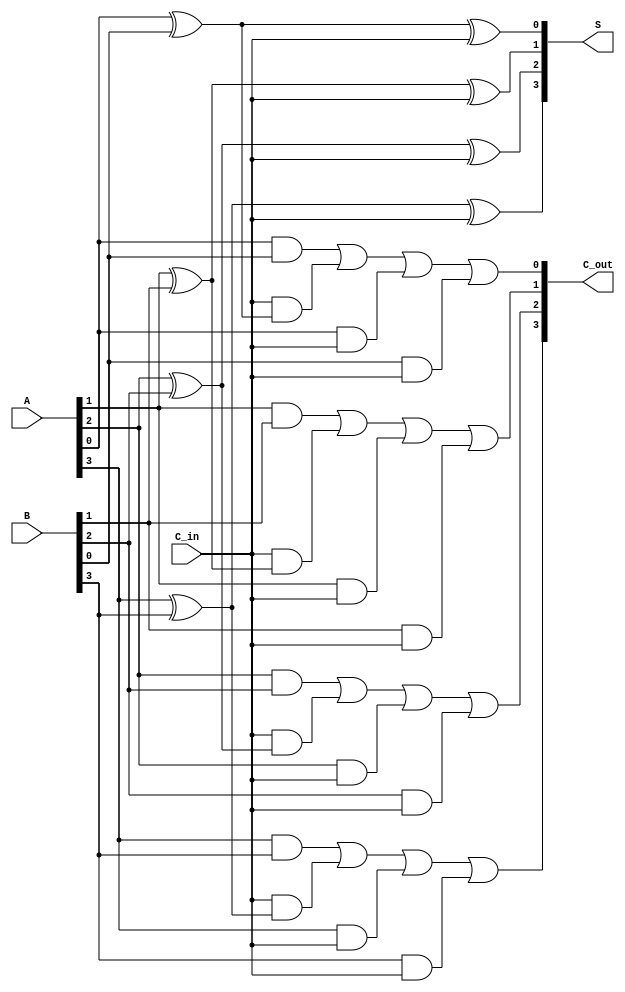
module CarrySaveAdder #(
    parameter N = 4  // Parameter for the bit-width of inputs
) (
    input  wire [N-1:0] A,      // First n-bit input
    input  wire [N-1:0] B,      // Second n-bit input
    input  wire        C_in,     // Carry input
    output wire [N-1:0] S,       // Sum output
    output wire [N-1:0] C_out     // Carry output
);

genvar i;

// Generate the sum and carry outputs bit-wise
generate
    for (i = 0; i < N; i = i + 1) begin : CSA_BIT
        // Sum calculation using XOR
        assign S[i] = A[i] ^ B[i] ^ C_in;

        // Carry calculation using AND and OR
        assign C_out[i] = (A[i] & B[i]) | (C_in & (A[i] ^ B[i])) | (A[i] & C_in) | (B[i] & C_in);
    end
endgenerate

endmodule